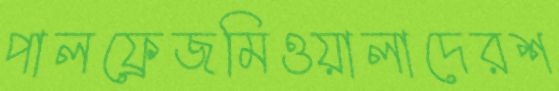
পালফ্রেজমিওয়ালাদেরশ